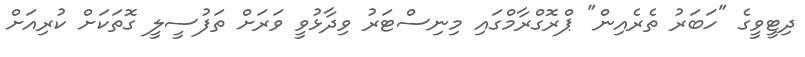
ދިޓީވީގެ "ހަބަރު ތެރެއިން" ޕްރޮގްރާމްގައި މިނިސްޓަރު ވިދާޅުވީ ވަރަށް ތަފުސީލީ ގޮތަކަށް ކުރިއަށް